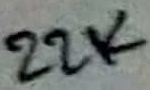
Text: 22K